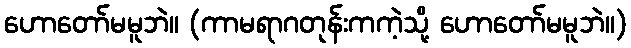
ဟောတော်မမူဘဲ။ (ကာမရာဂတုန်းကကဲ့သို့ ဟောတော်မမူဘဲ။)